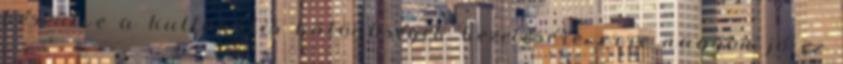
készülve a kulturális különbségek kezelésére, erre nagyon jó ez